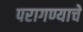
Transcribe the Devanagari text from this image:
परागण्याचे